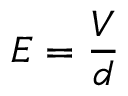
E = { \frac { V } { d } }